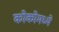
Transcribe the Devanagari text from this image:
कोकोमध्ये